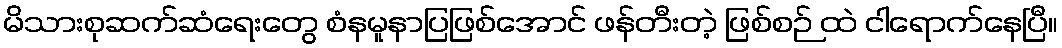
မိသားစုဆက်ဆံရေးတွေ စံနမူနာပြဖြစ်အောင် ဖန်တီးတဲ့ ဖြစ်စဉ် ထဲ ငါရောက်နေပြီ။